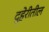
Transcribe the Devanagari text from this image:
दुहेरीतील